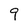
Character: 9